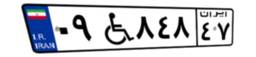
۰۹W۸۴۸۴۷